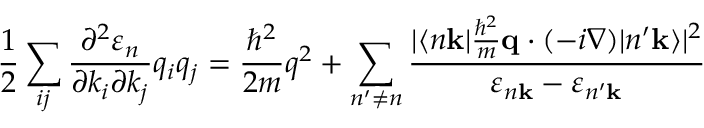
{ \frac { 1 } { 2 } } \sum _ { i j } { \frac { \partial ^ { 2 } \varepsilon _ { n } } { \partial k _ { i } \partial k _ { j } } } q _ { i } q _ { j } = { \frac { \hbar ^ { 2 } } { 2 m } } q ^ { 2 } + \sum _ { n ^ { \prime } \neq n } { \frac { | \langle n \mathbf { k } | { \frac { \hbar ^ { 2 } } { m } } \mathbf { q } \cdot ( - i \nabla ) | n ^ { \prime } \mathbf { k } \rangle | ^ { 2 } } { \varepsilon _ { n \mathbf { k } } - \varepsilon _ { n ^ { \prime } \mathbf { k } } } }